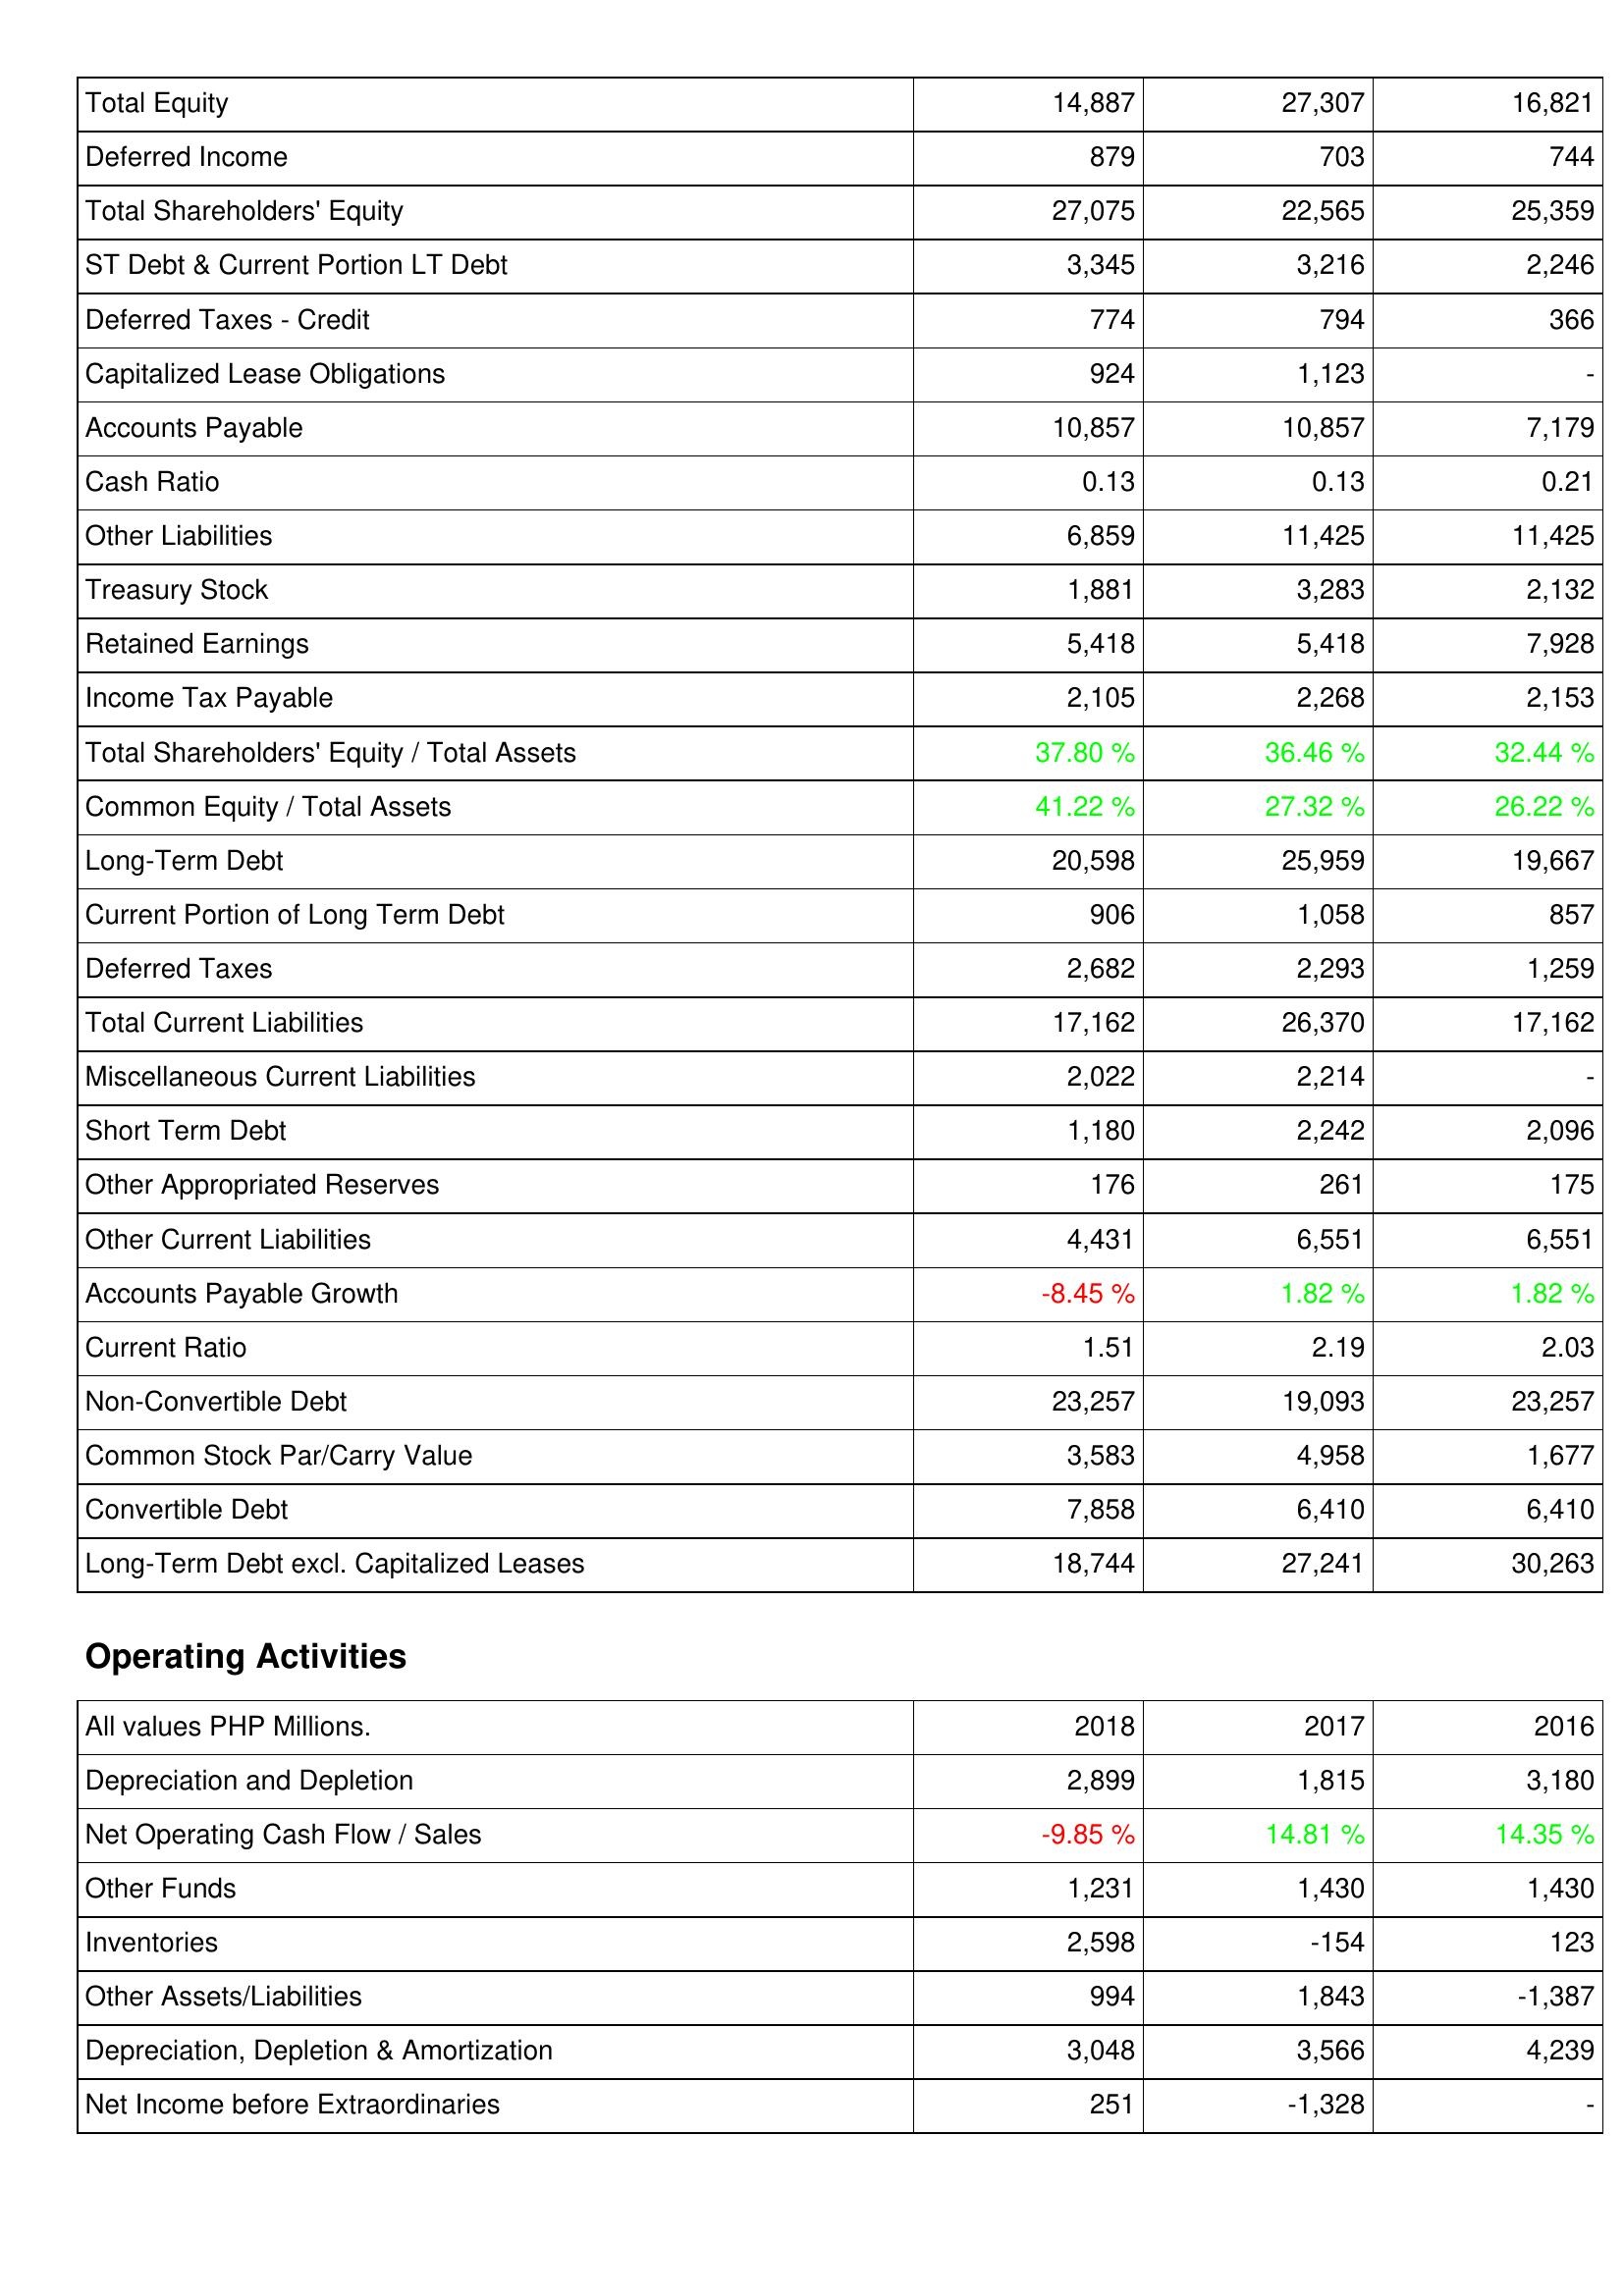
2018: Liabilities & Shareholders' Equity: Total Equity: 14,887
Deferred Income: 879
Total Shareholders' Equity: 27,075
ST Debt & Current Portion LT Debt: 3,345
Deferred Taxes - Credit: 774
Capitalized Lease Obligations: 924
Accounts Payable: 10,857
Cash Ratio: 0.13
Other Liabilities: 6,859
Treasury Stock: 1,881
Retained Earnings: 5,418
Income Tax Payable: 2,105
Total Shareholders' Equity / Total Assets: 37.80 %
Common Equity / Total Assets: 41.22 %
Long-Term Debt: 20,598
Current Portion of Long Term Debt: 906
Deferred Taxes: 2,682
Total Current Liabilities: 17,162
Miscellaneous Current Liabilities: 2,022
Short Term Debt: 1,180
Other Appropriated Reserves: 176
Other Current Liabilities: 4,431
Accounts Payable Growth: -8.45 %
Current Ratio: 1.51
Non-Convertible Debt: 23,257
Common Stock Par/Carry Value: 3,583
Convertible Debt: 7,858
Long-Term Debt excl. Capitalized Leases: 18,744
Operating Activities: Depreciation and Depletion: 2,899
Net Operating Cash Flow / Sales: -9.85 %
Other Funds: 1,231
Inventories: 2,598
Other Assets/Liabilities: 994
Depreciation, Depletion & Amortization: 3,048
Net Income before Extraordinaries: 251
2017: Liabilities & Shareholders' Equity: Total Equity: 27,307
Deferred Income: 703
Total Shareholders' Equity: 22,565
ST Debt & Current Portion LT Debt: 3,216
Deferred Taxes - Credit: 794
Capitalized Lease Obligations: 1,123
Accounts Payable: 10,857
Cash Ratio: 0.13
Other Liabilities: 11,425
Treasury Stock: 3,283
Retained Earnings: 5,418
Income Tax Payable: 2,268
Total Shareholders' Equity / Total Assets: 36.46 %
Common Equity / Total Assets: 27.32 %
Long-Term Debt: 25,959
Current Portion of Long Term Debt: 1,058
Deferred Taxes: 2,293
Total Current Liabilities: 26,370
Miscellaneous Current Liabilities: 2,214
Short Term Debt: 2,242
Other Appropriated Reserves: 261
Other Current Liabilities: 6,551
Accounts Payable Growth: 1.82 %
Current Ratio: 2.19
Non-Convertible Debt: 19,093
Common Stock Par/Carry Value: 4,958
Convertible Debt: 6,410
Long-Term Debt excl. Capitalized Leases: 27,241
Operating Activities: Depreciation and Depletion: 1,815
Net Operating Cash Flow / Sales: 14.81 %
Other Funds: 1,430
Inventories: -154
Other Assets/Liabilities: 1,843
Depreciation, Depletion & Amortization: 3,566
Net Income before Extraordinaries: -1,328
2016: Liabilities & Shareholders' Equity: Total Equity: 16,821
Deferred Income: 744
Total Shareholders' Equity: 25,359
ST Debt & Current Portion LT Debt: 2,246
Deferred Taxes - Credit: 366
Capitalized Lease Obligations: -
Accounts Payable: 7,179
Cash Ratio: 0.21
Other Liabilities: 11,425
Treasury Stock: 2,132
Retained Earnings: 7,928
Income Tax Payable: 2,153
Total Shareholders' Equity / Total Assets: 32.44 %
Common Equity / Total Assets: 26.22 %
Long-Term Debt: 19,667
Current Portion of Long Term Debt: 857
Deferred Taxes: 1,259
Total Current Liabilities: 17,162
Miscellaneous Current Liabilities: -
Short Term Debt: 2,096
Other Appropriated Reserves: 175
Other Current Liabilities: 6,551
Accounts Payable Growth: 1.82 %
Current Ratio: 2.03
Non-Convertible Debt: 23,257
Common Stock Par/Carry Value: 1,677
Convertible Debt: 6,410
Long-Term Debt excl. Capitalized Leases: 30,263
Operating Activities: Depreciation and Depletion: 3,180
Net Operating Cash Flow / Sales: 14.35 %
Other Funds: 1,430
Inventories: 123
Other Assets/Liabilities: -1,387
Depreciation, Depletion & Amortization: 4,239
Net Income before Extraordinaries: -